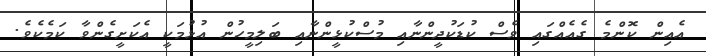
އެއިން ކޮންމެ ގެއެއްގައި ވެސް ކުޑަކުދީންނާއި މުސްކުޅީންނާއި ބަލިމީހުން އުޅުމަކީ އެކަށީގެންވާ ކަމެކެވެ.